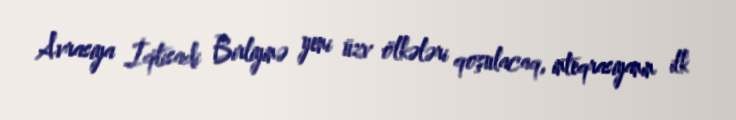
Avrasiya İqtisadi Birliyinə yeni üzv ölkələri qoşulacaq, inteqrasiyanın ilk